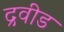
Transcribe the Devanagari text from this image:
द्रवीड